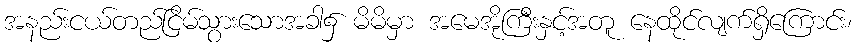
အနည်းငယ်တည်ငြိမ်သွားသောအခါ၌ မိမိမှာ အမေအိုကြီးနှင့်အတူ နေထိုင်လျက်ရှိကြောင်း၊